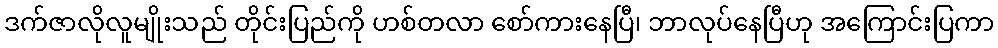
ဒက်ဇာလိုလူမျိုးသည် တိုင်းပြည်ကို ဟစ်တလာ စော်ကားနေပြီ၊ ဘာလုပ်နေပြီဟု အကြောင်းပြကာ